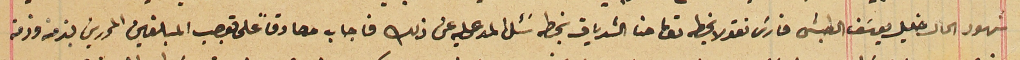
شهود الحال خليل يوسَف الطبش فارسَ نقولا بخطه توما حنا الشدياق بخطه سَئل المدعى عليه عن ذلك فاجاب مصادقاً على توجب المبلغين المحررين بذمته وذمة